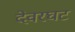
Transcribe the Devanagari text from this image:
देवरघट